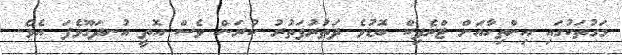
މަގުތަކުގައި އިންތިހާއަށް ޓްރެފިކް ބޮޑުވެ ދަތުރުފަތުރު ކުރަން ވެސް އޮތީ އުނދަގޫވެފަ އެވެ.